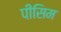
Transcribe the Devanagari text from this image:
पीसिम